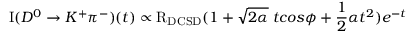
\mathrm { I } ( D ^ { 0 } \to K ^ { + } \pi ^ { - } ) ( t ) \propto \mathrm { R } _ { \mathrm { D C S D } } ( 1 + \sqrt { 2 \alpha } \; t c o s \phi + \frac { 1 } { 2 } \alpha t ^ { 2 } ) e ^ { - t }